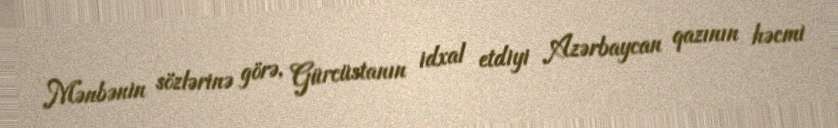
Mənbənin sözlərinə görə, Gürcüstanın idxal etdiyi Azərbaycan qazının həcmi